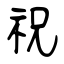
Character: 祝